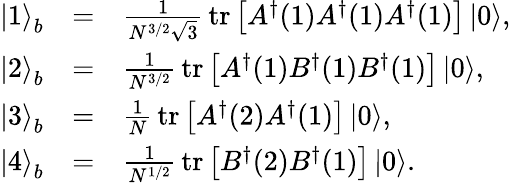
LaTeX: \begin{array}{lcl}{{\left|1\right\rangle_{b}}}&{{=}}&{{\frac{1}{N^{3/2}\sqrt{3}}\, \mathrm{tr}\left[A^{\dagger}(1)A^{\dagger}(1)A^{\dagger}(1)\right]\left|0\right\rangle,}}\\ {{\left|2\right\rangle_{b}}}&{{=}}&{{\frac{1}{N^{3/2}}\, \mathrm{tr}\left[A^{\dagger}(1)B^{\dagger}(1)B^{\dagger}(1)\right]\left|0\right\rangle,}}\\ {{\left|3\right\rangle_{b}}}&{{=}}&{{\frac{1}{N}\, \mathrm{tr}\left[A^{\dagger}(2)A^{\dagger}(1)\right]\left|0\right\rangle,}}\\ {{\left|4\right\rangle_{b}}}&{{=}}&{{\frac{1}{N^{1/2}}\, \mathrm{tr}\left[B^{\dagger}(2)B^{\dagger}(1)\right]\left|0\right\rangle.}}\end{array}